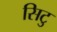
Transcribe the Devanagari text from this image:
सिटु